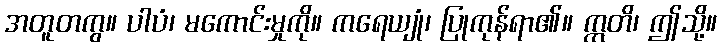
အတူတကွ။ ပါပံ၊ မကောင်းမှုကို။ ကရေယျုံ၊ ပြုကုန်ရာ၏။ ဣတိ၊ ဤသို့။